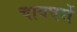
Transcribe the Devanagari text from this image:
चायघरों